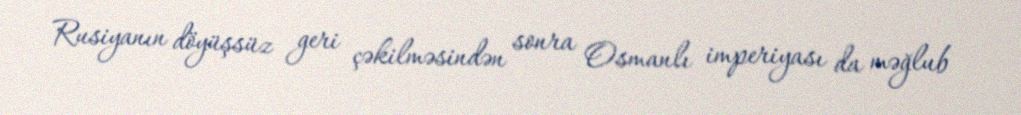
Rusiyanın döyüşsüz geri çəkilməsindən sonra Osmanlı imperiyası da məğlub